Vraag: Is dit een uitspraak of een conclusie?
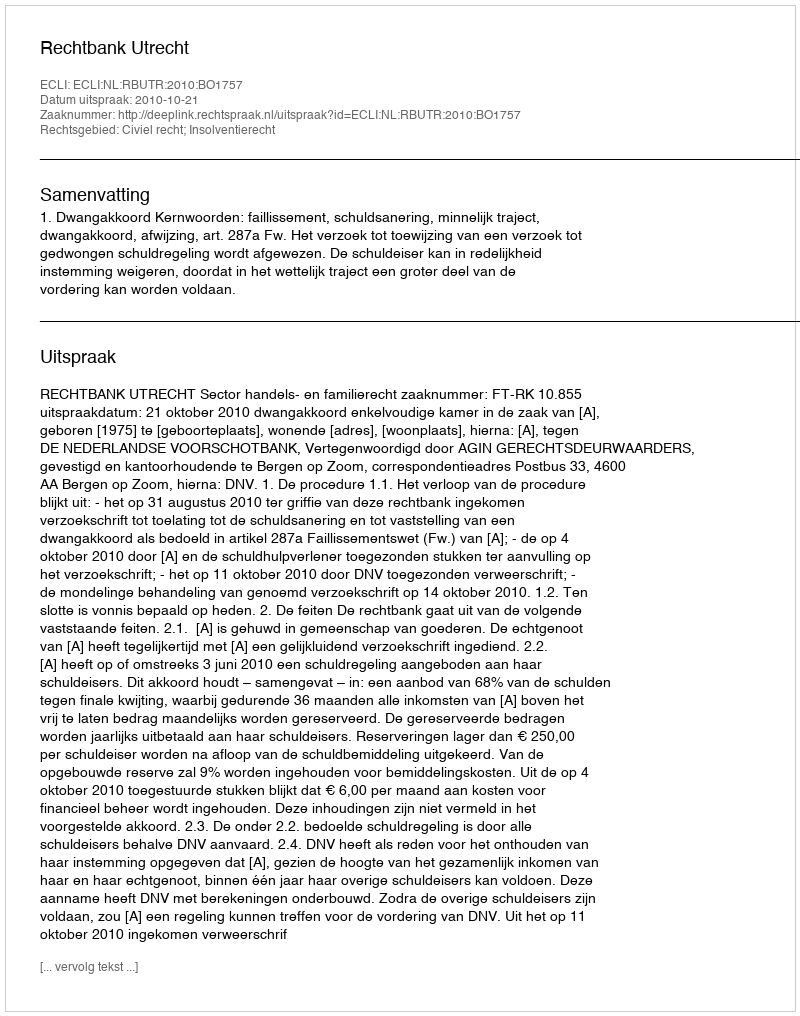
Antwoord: Uitspraak